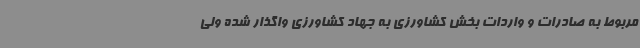
مربوط به صادرات و واردات بخش کشاورزی به جهاد کشاورزی واگذار شده ولی